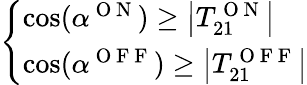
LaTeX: \left\{ \begin{array}{l}{\cos(\alpha^{\mathrm{~O~N~}})\geq\left|T_{21}^{\mathrm{~O~N~}}\right|}\\ {\cos(\alpha^{\mathrm{~O~F~F~}})\geq\left|T_{21}^{\mathrm{~O~F~F~}}\right|}\end{array}\right.